Annual vaccination report of Bihar and Orissa - 1911-1928
Year: 1911
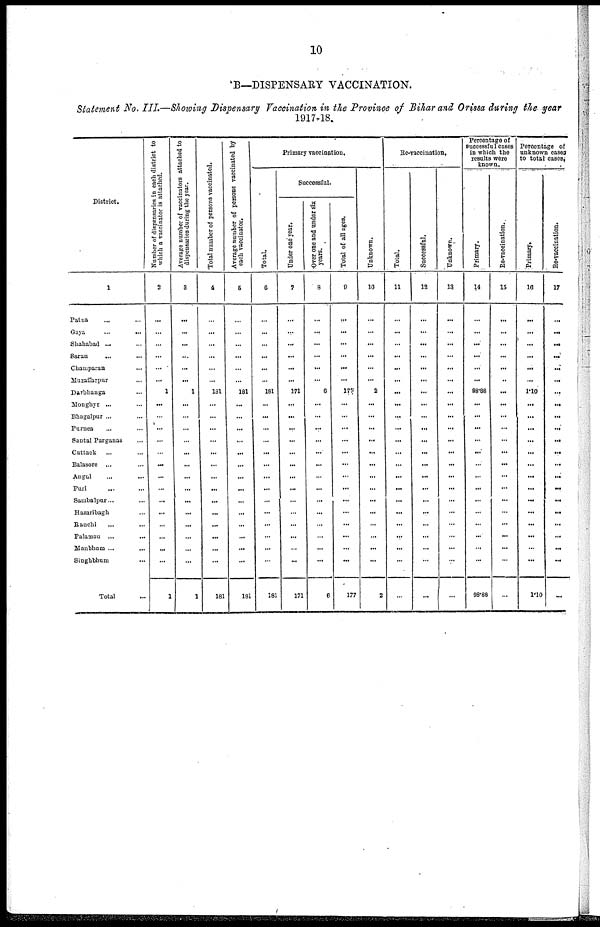
10
B—DISPENSARY VACCINATION.
Statement No. III.—Showing Dispensary Vaccination in the Province of Bihar and Orissa during the year
1917-18.
District.
1
Patna ... ...
Gaya
...
...
Shahabad ... ...
Saran ... ...
Champaran ... ...
Muzaffarpur ... ...
Darbhanga ... ...
Monghyr ... ...
Bhagalpur ... ...
Purnea ... ...
Santal Parganas
...
Cuttack ... ...
Balasore ... ...
Angul ... ...
Puri ... ...
Sambalpur... ...
Hazaribagh ... ...
Ranchi ... ...
Palamau ... ...
Manbhum ... ...
Singhbhum ...
Total ...
Number of dispensaries in each district to
which a vaccinator is attached.
2
...
...
...
...
...
...
1
...
...
...
...
...
...
...
...
...
...
...
...
...
...
1
Average number of vaccinators attached to
dispensaries during the year.
3
...
...
...
...
...
...
1
...
...
...
...
...
...
...
...
...
...
...
...
...
...
1
Total number of persons vaccinated.
4
...
...
...
...
...
...
181
...
...
...
...
...
...
...
...
...
...
...
...
...
...
181
Average number of persons vaccinated by
each vaccinator.
5
...
...
...
...
...
...
181
...
...
...
...
...
...
...
...
...
...
...
...
...
...
181
Primary vaccination.
Total.
6
...
...
...
...
...
...
181
...
...
...
...
...
...
...
...
...
...
...
...
...
...
181
Successful.
Under one year.
7
...
...
...
...
...
...
171
...
...
...
...
...
...
...
...
...
...
...
...
...
...
171
Over one and under six
years.
8
...
...
...
...
...
...
6
...
...
...
...
...
...
...
...
...
...
...
...
...
...
6
Total of all ages.
9
...
...
...
...
...
...
177
...
...
...
...
...
...
...
...
...
...
...
...
...
...
177
Unknown.
10
...
...
...
...
...
...
2
...
...
...
...
...
...
...
...
...
...
...
...
...
...
2
Re-vaccination.
Total.
11
...
...
...
...
...
...
...
...
...
...
...
...
...
...
...
...
...
...
...
...
...
...
Successful.
12
...
...
...
...
...
...
...
...
...
...
...
...
...
...
...
...
...
...
...
...
...
...
Unknown.
13
...
...
...
...
...
...
...
...
...
...
...
...
...
...
...
...
...
...
...
...
...
...
Percentage of
successful cases
in which the
results were
known.
Primary.
14
...
...
...
...
...
...
88.88
...
...
...
...
...
...
...
...
...
...
...
...
...
...
98.88
Re-vaccination.
15
...
...
...
...
...
...
...
...
...
...
...
...
...
...
...
...
...
...
...
...
...
...
Percentage of
unknown cases
to total cases.
Primary.
16
...
...
...
...
...
...
1.10
...
...
...
...
...
...
...
...
...
...
...
...
...
...
1.10
Re-vaccination.
17
...
...
...
...
...
...
...
...
...
...
...
...
...
...
...
...
...
...
...
...
...
...